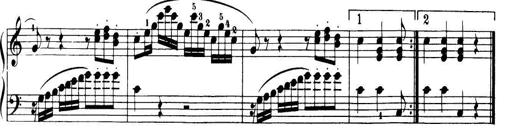
Title: 32 Sonatinas and Rondos for the Piano
Composer: Richard Kleinmichel